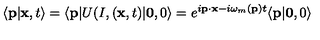
\langle { \bf p } \vert { \bf x } , t \rangle = \langle { \bf p } \vert U ( I , ( { \bf x } , t ) \vert { \bf 0 } , 0 \rangle = e ^ { i { \bf p } \cdot { \bf x } - i \omega _ { m } ( { \bf p } ) t } \langle { \bf p } \vert { \bf 0 } , 0 \rangle